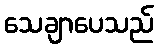
သေချာပေသည်